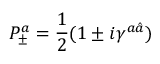
P _ { \pm } ^ { a } = { \frac { 1 } { 2 } } ( 1 \pm i \gamma ^ { a \hat { a } } )